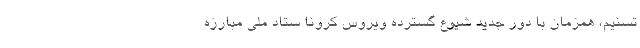
تسنیم، همزمان با دور جدید شیوع گسترده ویروس کرونا ستاد ملی مبارزه